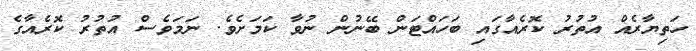
ހަތިޔާރެއް އުތުރު ކޮރެއާގައި ބަހައްޓަން ބޭނުން ނުވާ ކަމަށެވެ. ނަމަވެސް އުތުރު ކޮރެއާގެ